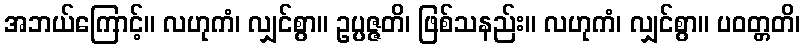
အဘယ်ကြောင့်။ လဟုကံ၊ လျှင်စွာ။ ဥပ္ပဇ္ဇတိ၊ ဖြစ်သနည်း။ လဟုကံ၊ လျှင်စွာ။ ပဝတ္တတိ၊